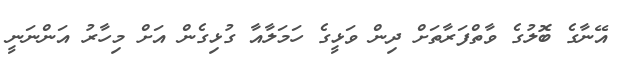
އޭނާގެ ބޮލުގެ ވާތްފަރާތަށް ދިން ވަޅީގެ ހަމަލާއާ ގުޅިގެން އަށް މިހާރު އަންނަނީ